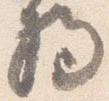
将